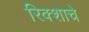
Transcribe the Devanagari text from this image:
रिक्शाचे